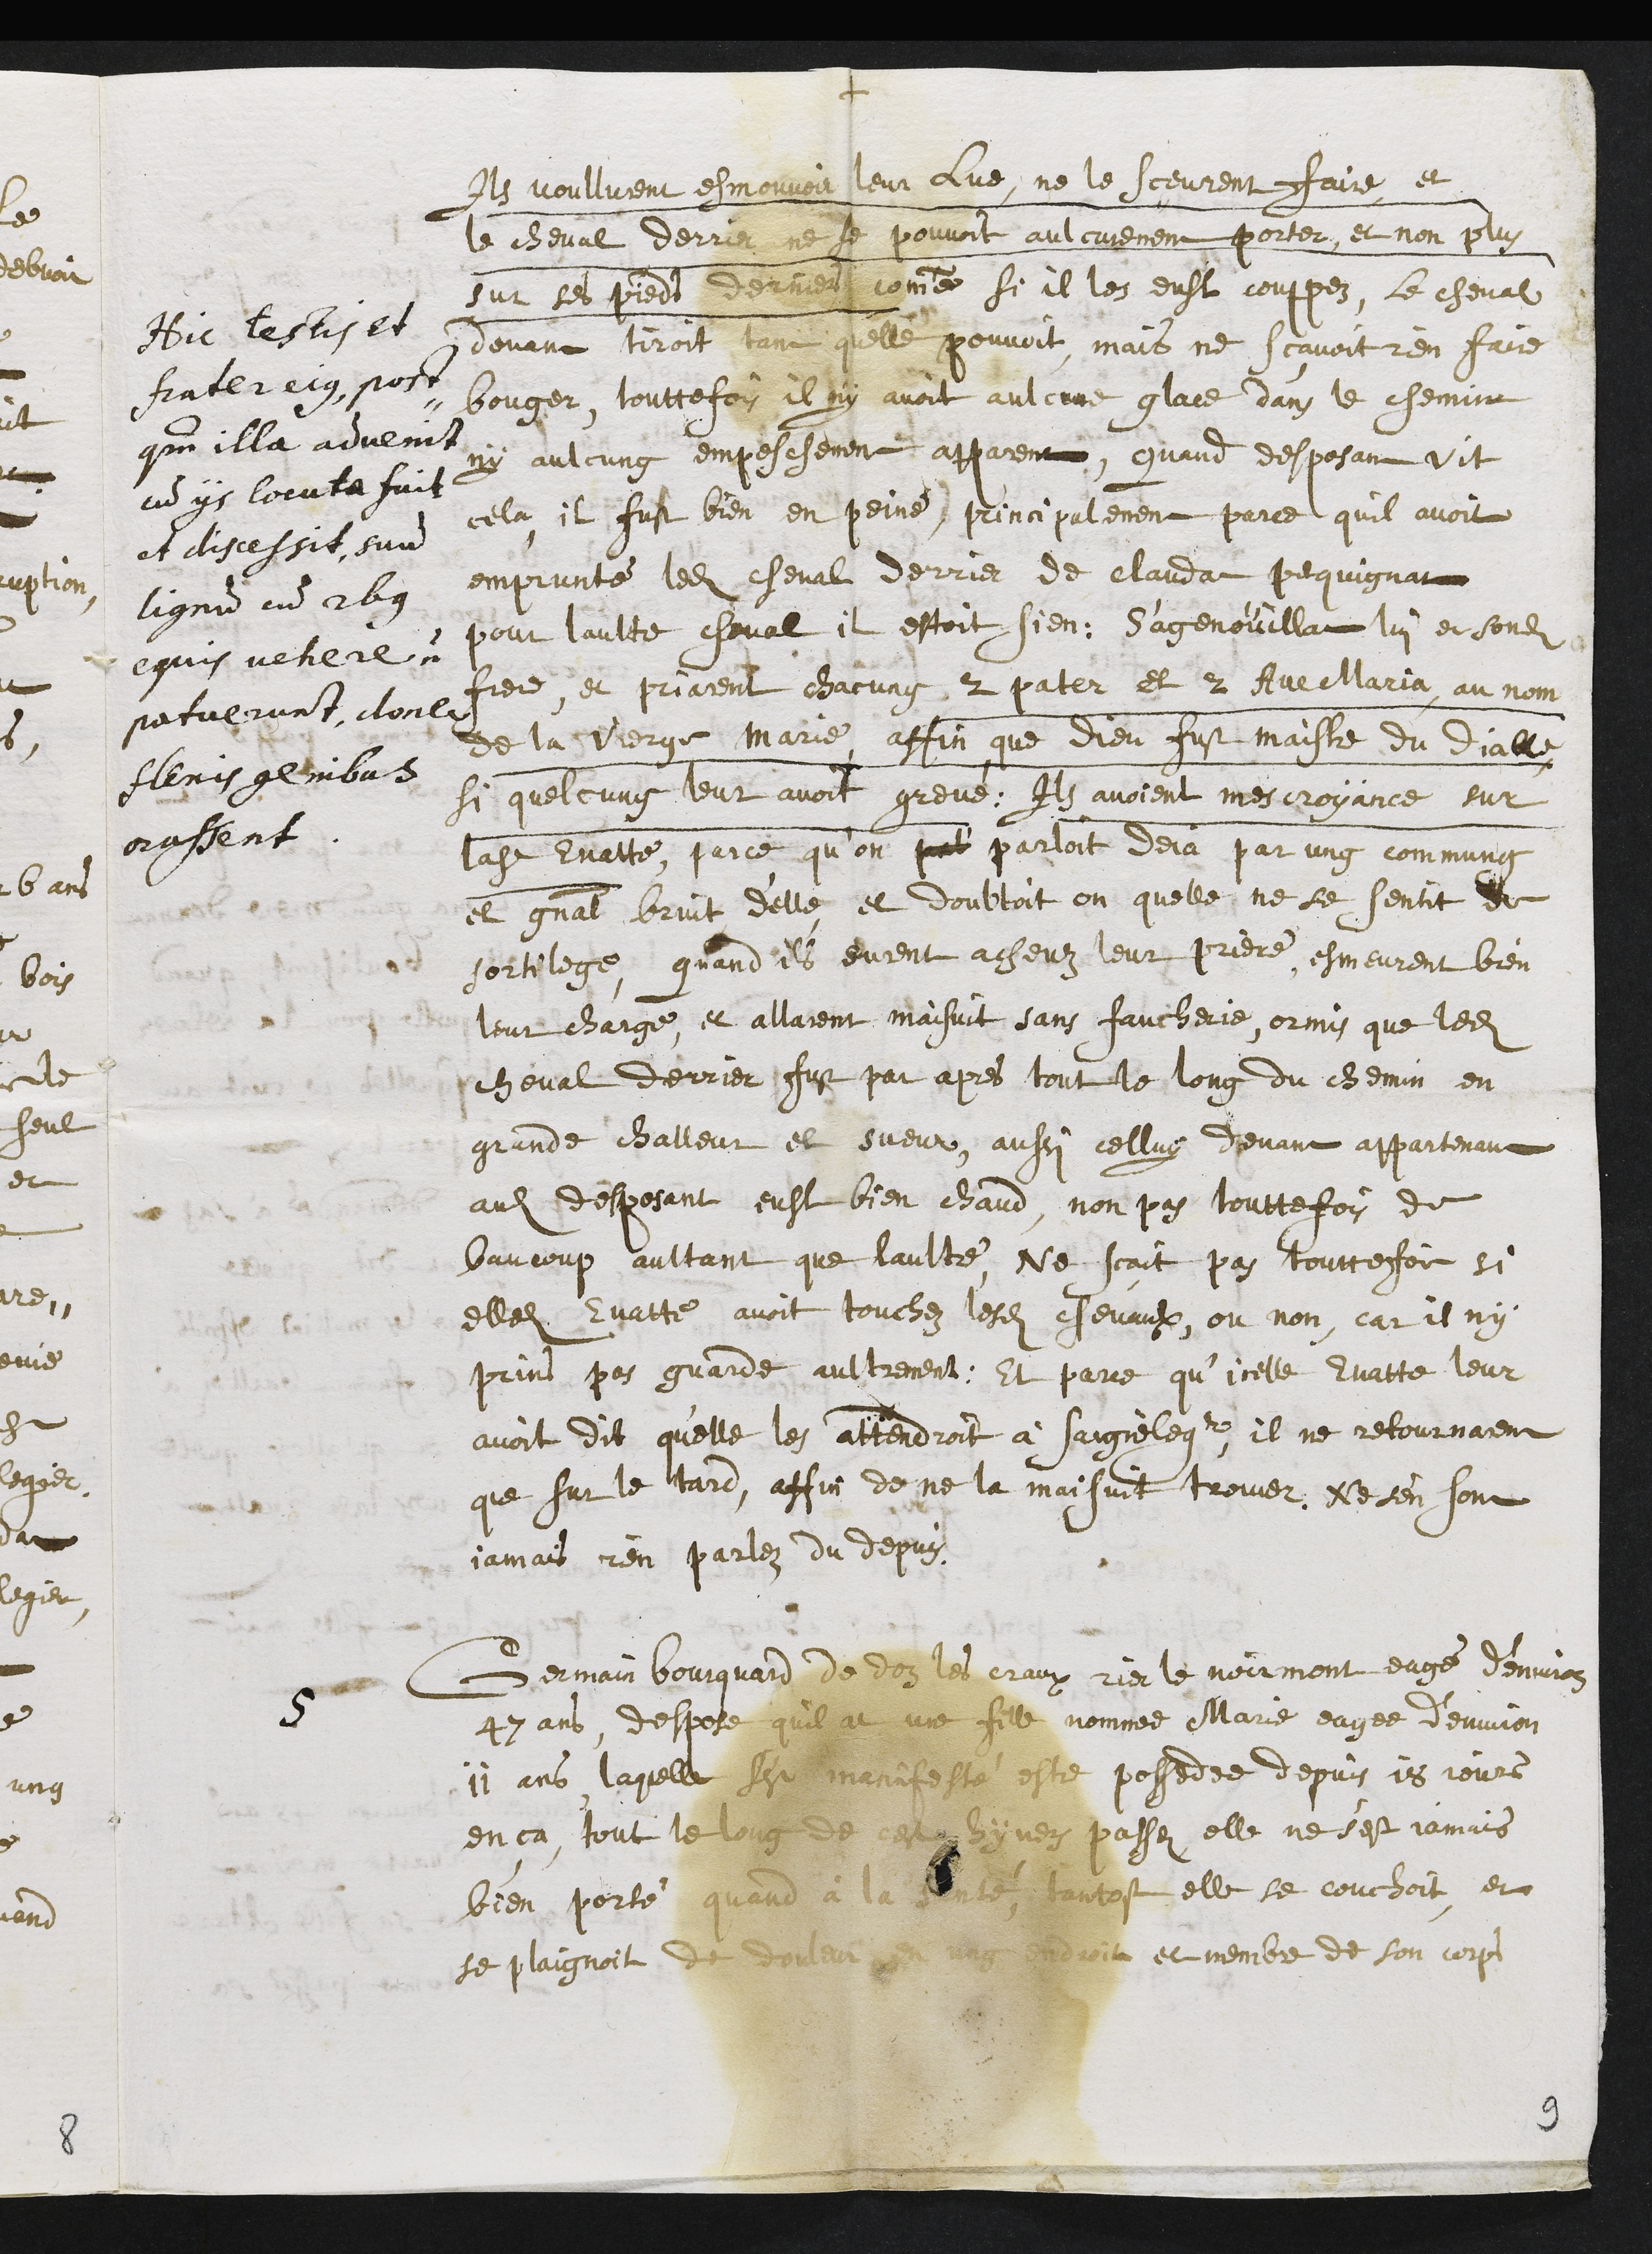
+
Hic testis et
frater ejus, post¬
quam illa advenit
cum iis locuta fuit
et discessit, suum
lignum cum 2bus
equis vehere non
potuerunt donec
flexis genibus
orassent.
Ils voullurent esmouvoir leur lue, ne le sceurent faire et
le cheval derrier ne se pouvoit aulcunement porter, et non plus
sur ses pieds derniers comme si il les eust couppez, le cheval
devant tiroit tant quelle pouvoit, mais ne scavoit rien faire
bouger, touttefois il ny avoit aulcune glace dans le chemin
ny aulcung empeschement apparent, Quand desposant vit
cella, il fust bien en peine, principalement parce quil avoit
emprunté ledit cheval derrier de Claudat pequignat
pour laultre cheval il estoit sien : S'agenoüillat lui et sondit
frere, et priarent chacung 2 pater et 2 Ave Maria, au nom
de la Vierge Marie, affin que dieu fust maistre du Diable
si quelcung leur avoit grevé : Ils avoient mescroyance sur
ladite Evatte, parce qu’on parloit deja par ung commung
et general bruit d'elle et doubtoit on quelle ne se sentit de
sortilege, quand ils eurent achevez leur priere, esmeurent bien
leur charge, et allarent maisuit sans faucherie, ormis que ledit
cheval derrier fust par apres tout le long du chemin en
grande challeur et sueur, aussi celluy devant appartenant
audit desposant eust bien chaud, non pas touttefois de
baucoup aultant que laultre, Ne scait pas toutteffois si
elledite Evatte avoit touchez lesdits chevaulx, ou non, car il ny
prins pas guarde aultrement : Et parce qu’icelle Evatte leur
avoit dit quelle les attendroit à Saignelegier, il ne retournarent
que sur le tard, affin de ne la maisuit trouver. Ne s'en sont
jamais rien parlez du depuis.
5
Germain Bourquard de doz les craux rier le noirmont eagé d'environ
47 ans, despose quil at une fille nommée Marie eagee d’environ
11 ans laquelle s'est manifesté estre possedee depuis 18 jours
en ça, tout le long de cest hyvers passez elle ne s'est jamais
bien porté quand à la santé, tantost elle se couchoit et
se plaignoit de douleur en ung endroit et membre de son corps
9